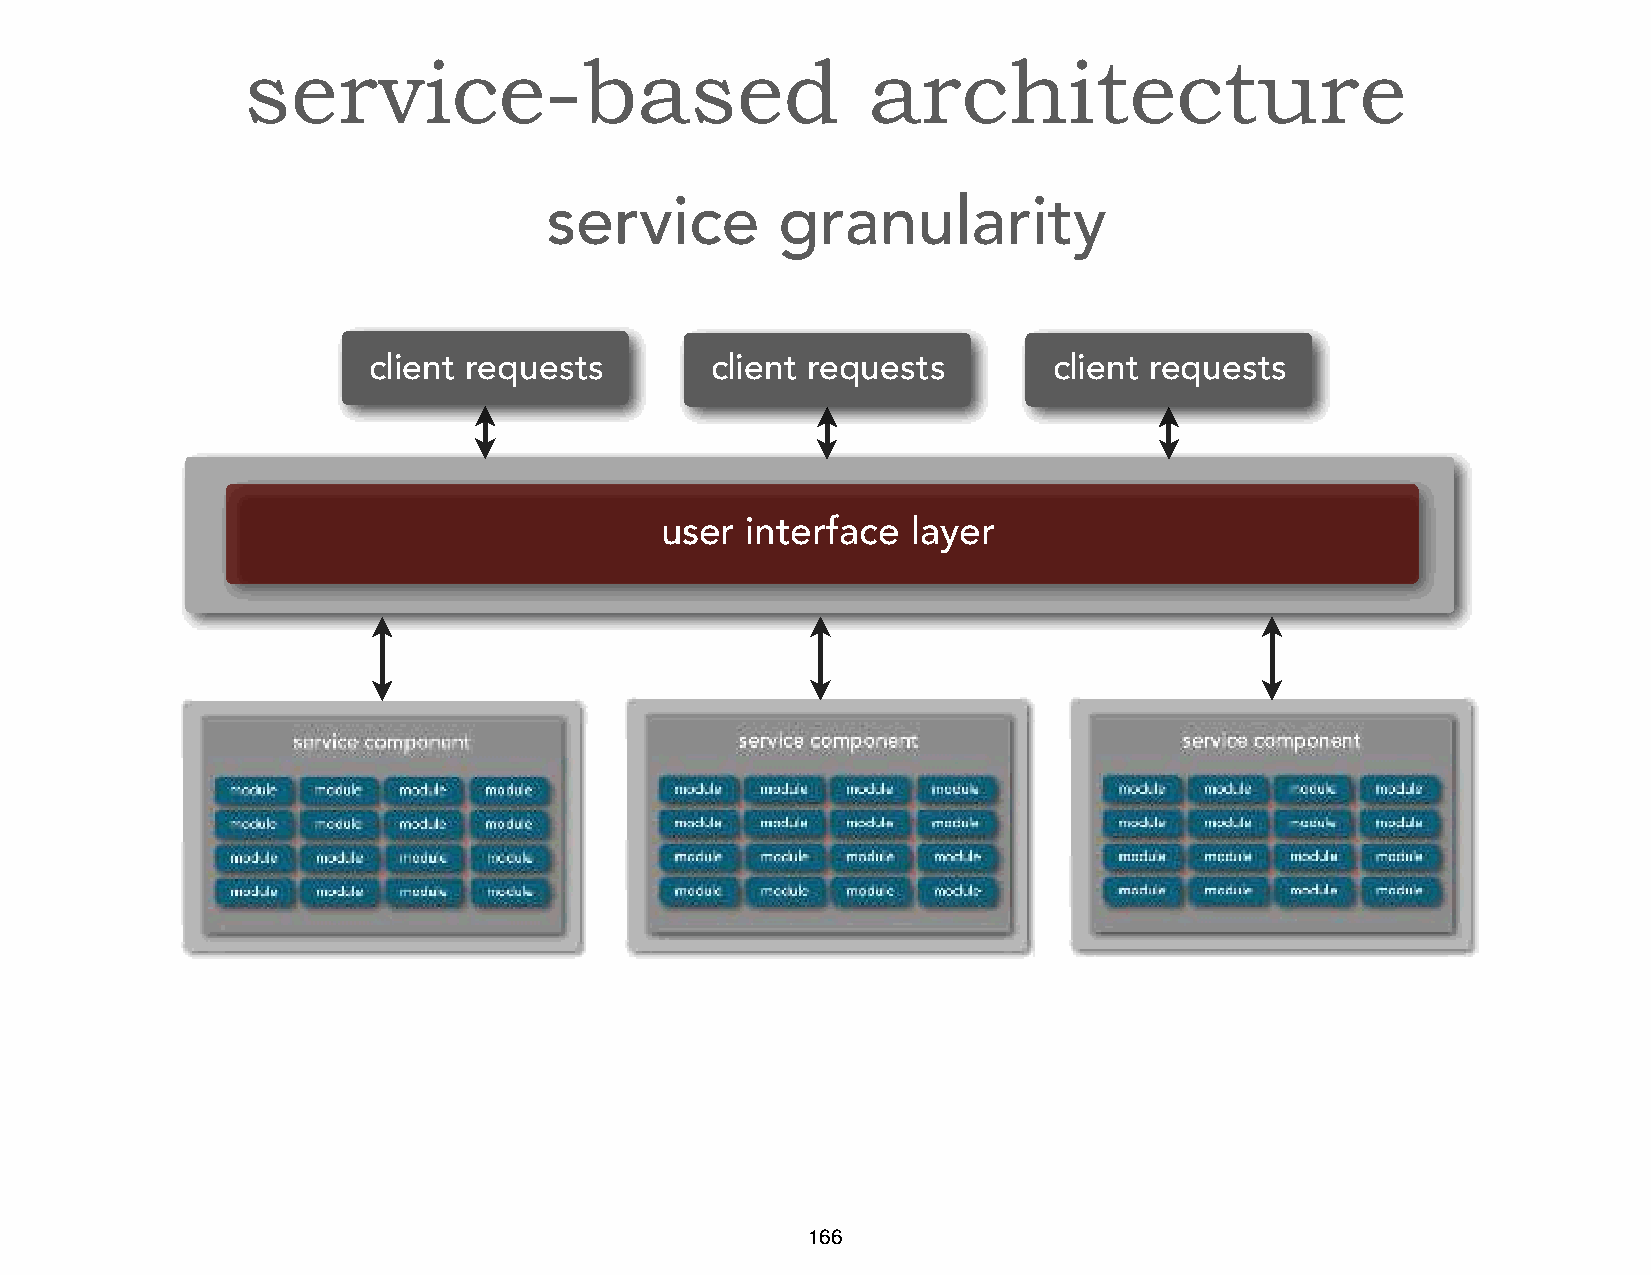
service-based                            architecture
 service        granularity
 client requests        client requests        client requests
 user interface  layer
 166